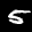
Label: 5